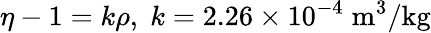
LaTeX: \eta-1=k\rho,\; k=2.26\times 10^{-4}\; \mathrm{m}^{3}/\mathrm{kg}